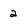
Character: 2